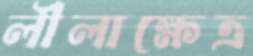
লীলাক্ষেত্র